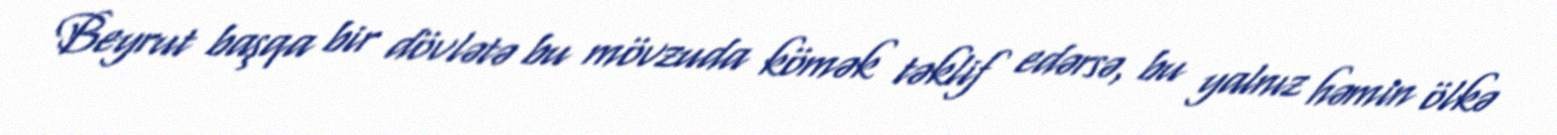
Beyrut başqa bir dövlətə bu mövzuda kömək təklif edərsə, bu yalnız həmin ölkə